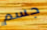
جسم